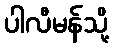
ပါလီမန်သို့